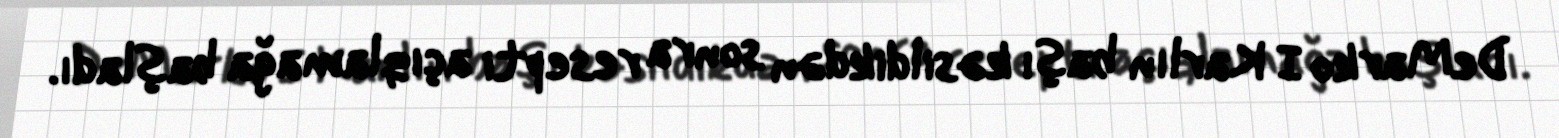
DeMarko I Karlın başı kəsildikdən sonra resepti açıqlamağa başladı.